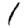
Digit: 1